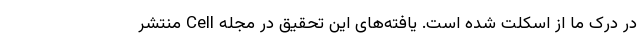
در درک ما از اسکلت شده است. یافته‌های این تحقیق در مجله Cell منتشر